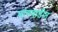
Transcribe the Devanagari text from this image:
मांगवाडीत